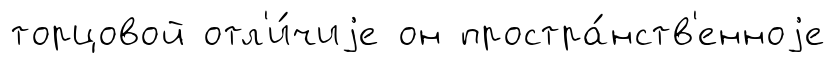
торцовой отл'и́чиjе он простра́нств'енноjе